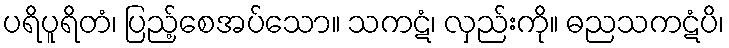
ပရိပူရိတံ၊ ပြည့်စေအပ်သော။ သကဋံ၊ လှည်းကို။ ဓညသကဋံပိ၊